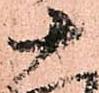
十